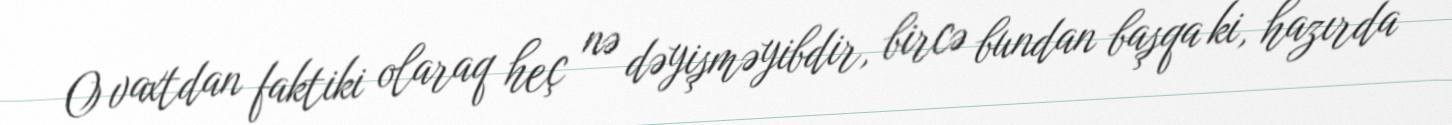
O vaxtdan faktiki olaraq heç nə dəyişməyibdir, bircə bundan başqa ki, hazırda